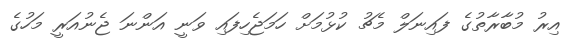
އިރު މުބާރާތުގެ ފައިނަލް މެޗު ކުޅުމަށް ހަމަޖެހިފައި ވަނީ އަންނަ ޖެނުއަރީ މަހުގެ